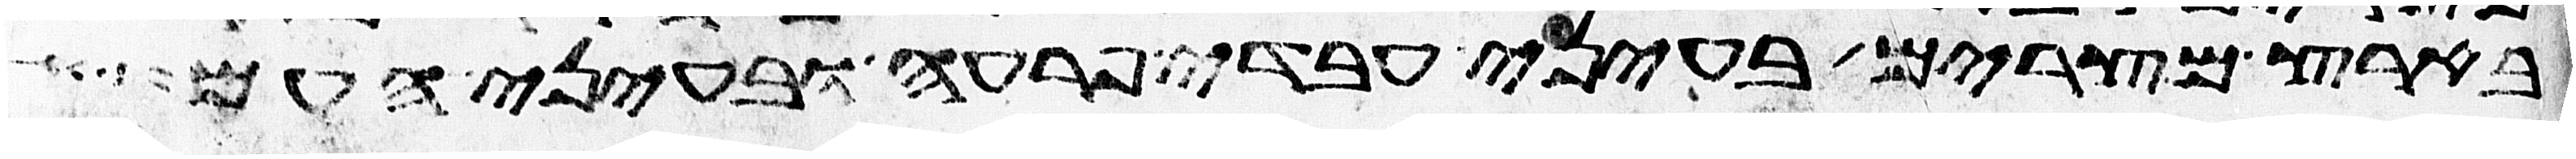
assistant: בארץ מצרים בעיני עבדי פרעה ובעיני העם